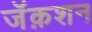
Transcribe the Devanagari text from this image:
जॅक़शन